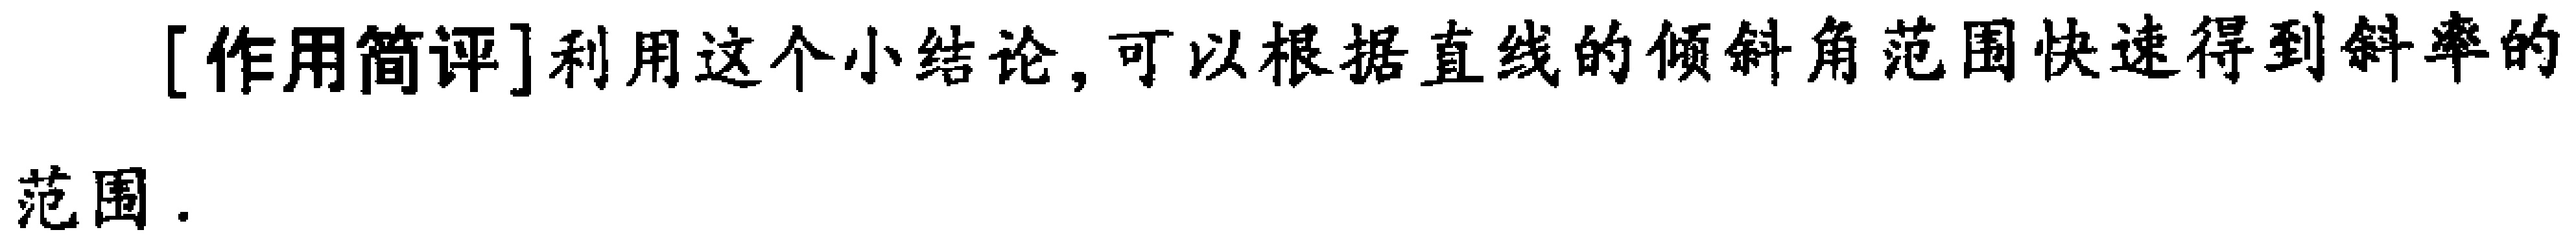
[作用简评]利用这个小结论,可以根据直线的倾斜角范围快速得到斜率的范围.